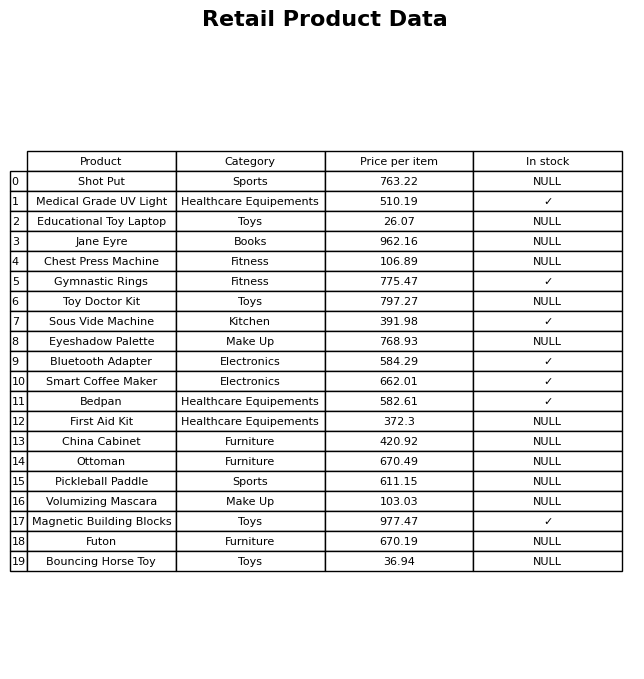
question: What is the stock status of the Bedpan?
answer: ✓